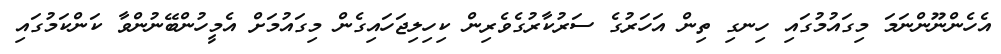
އެހެންނޫންނަމަ މިގައުމުގައި ހިނގި ތިން އަހަރުގެ ސަރުކާރުގެވެރިން ކިހިލިޖަހައިގެން މިގައުމަށް އެމީހުންބޭނުންވާ ކަންކަމުގައި